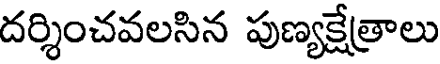
దర్శించవలసిన పుణ్యక్షేత్రాలు